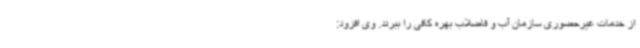
از خدمات غیرحضوری سازمان آب و فاضلاب بهره کافی را ببرند. وی افزود: